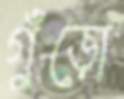
গুঁড়ো